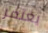
يغتفر